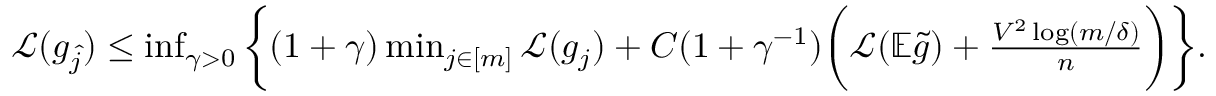
\begin{array} { r } { \mathcal { L } ( g _ { \widehat { j } } ) \leq \operatorname* { i n f } _ { \gamma > 0 } \bigg \{ ( 1 + \gamma ) \operatorname* { m i n } _ { j \in [ m ] } \mathcal { L } ( g _ { j } ) + C ( 1 + \gamma ^ { - 1 } ) \bigg ( \mathcal { L } ( \mathbb { E } \widetilde { g } ) + \frac { V ^ { 2 } \log ( m / \delta ) } { n } \bigg ) \bigg \} . } \end{array}